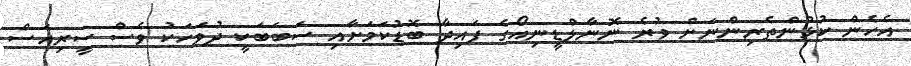
އެހެން ކުޅުންތެރިންނަށް ވުރެ ނޮނާލްޑީނިއޯގެ ފައިދާ ބޮޑުކަމަށާއި ސަބަބަކީ ދުވަހަކު ވެސް ސީރިއަސް